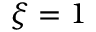
\xi = 1